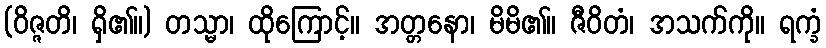
(ဝိဇ္ဇတိ၊ ရှိ၏။) တသ္မာ၊ ထိုကြောင့်။ အတ္တနော၊ မိမိ၏။ ဇီဝိတံ၊ အသက်ကို။ ရက္ခံ